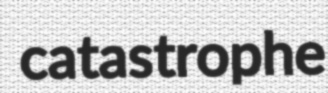
catastrophe